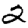
Digit: 2